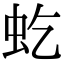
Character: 虼